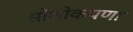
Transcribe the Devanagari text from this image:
सोशीकपणा